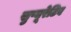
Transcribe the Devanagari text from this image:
सुप्यूरेटिव